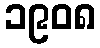
၁၉၀၈